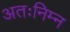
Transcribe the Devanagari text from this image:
अतःनिम्न